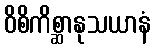
ဝိစိကိစ္ဆာနုသယာနံ